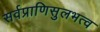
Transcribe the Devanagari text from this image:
सर्वप्राणिसुलभत्व